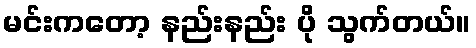
မင်းကတော့ နည်းနည်း ပို သွက်တယ်။